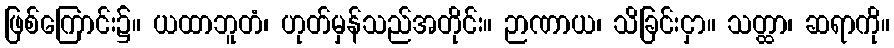
ဖြစ်ကြောင်း၌။ ယထာဘူတံ၊ ဟုတ်မှန်သည်အတိုင်း။ ဉာဏာယ၊ သိခြင်းငှာ။ သတ္ထာ၊ ဆရာကို။